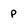
Character: p